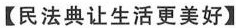
【民法典让生活更美好】